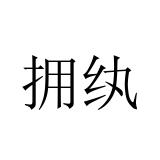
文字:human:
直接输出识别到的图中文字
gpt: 拥纨